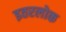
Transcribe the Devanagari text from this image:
इतरलोक